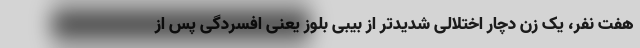
هفت نفر،‌ یک زن دچار اختلالی شدیدتر از بیبی بلوز یعنی افسردگی پس از